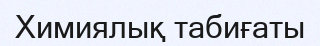
Химиялық табиғаты